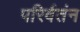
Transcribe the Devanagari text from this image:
परिर्वतंन